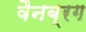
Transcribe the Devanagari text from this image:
वैनब्रग